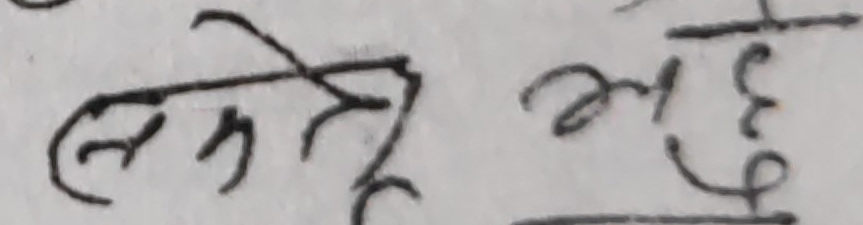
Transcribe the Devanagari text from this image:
सकेछु महु